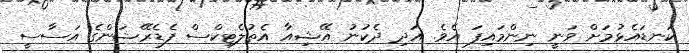
ކަނޑައެޅުމަށް ވަނީ ނިންމައިފަ އެވެ. އަދި ދެކުނު އޭޝިއާ އެތުލެޓިކްސް ފެޑެރޭޝަންގެ އަސާސީ